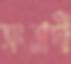
সংবাদী